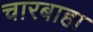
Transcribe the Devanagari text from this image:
चारबाहा